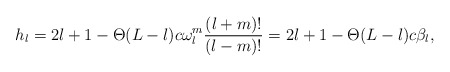
\begin{align*}h_l=2l+1-\Theta(L-l)c\omega_l^m\frac{(l+m)!}{(l-m)!}=2l+1-\Theta(L-l)c\beta_l,\end{align*}